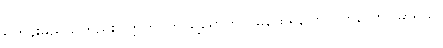
ရဟန်းမည်သတည်း။ ဣတိ၊ ဤသို့ရောဟဏမထေရ်ပြောလတ်သော်။ မာရိသ၊